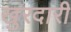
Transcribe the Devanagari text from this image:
खुरदारी